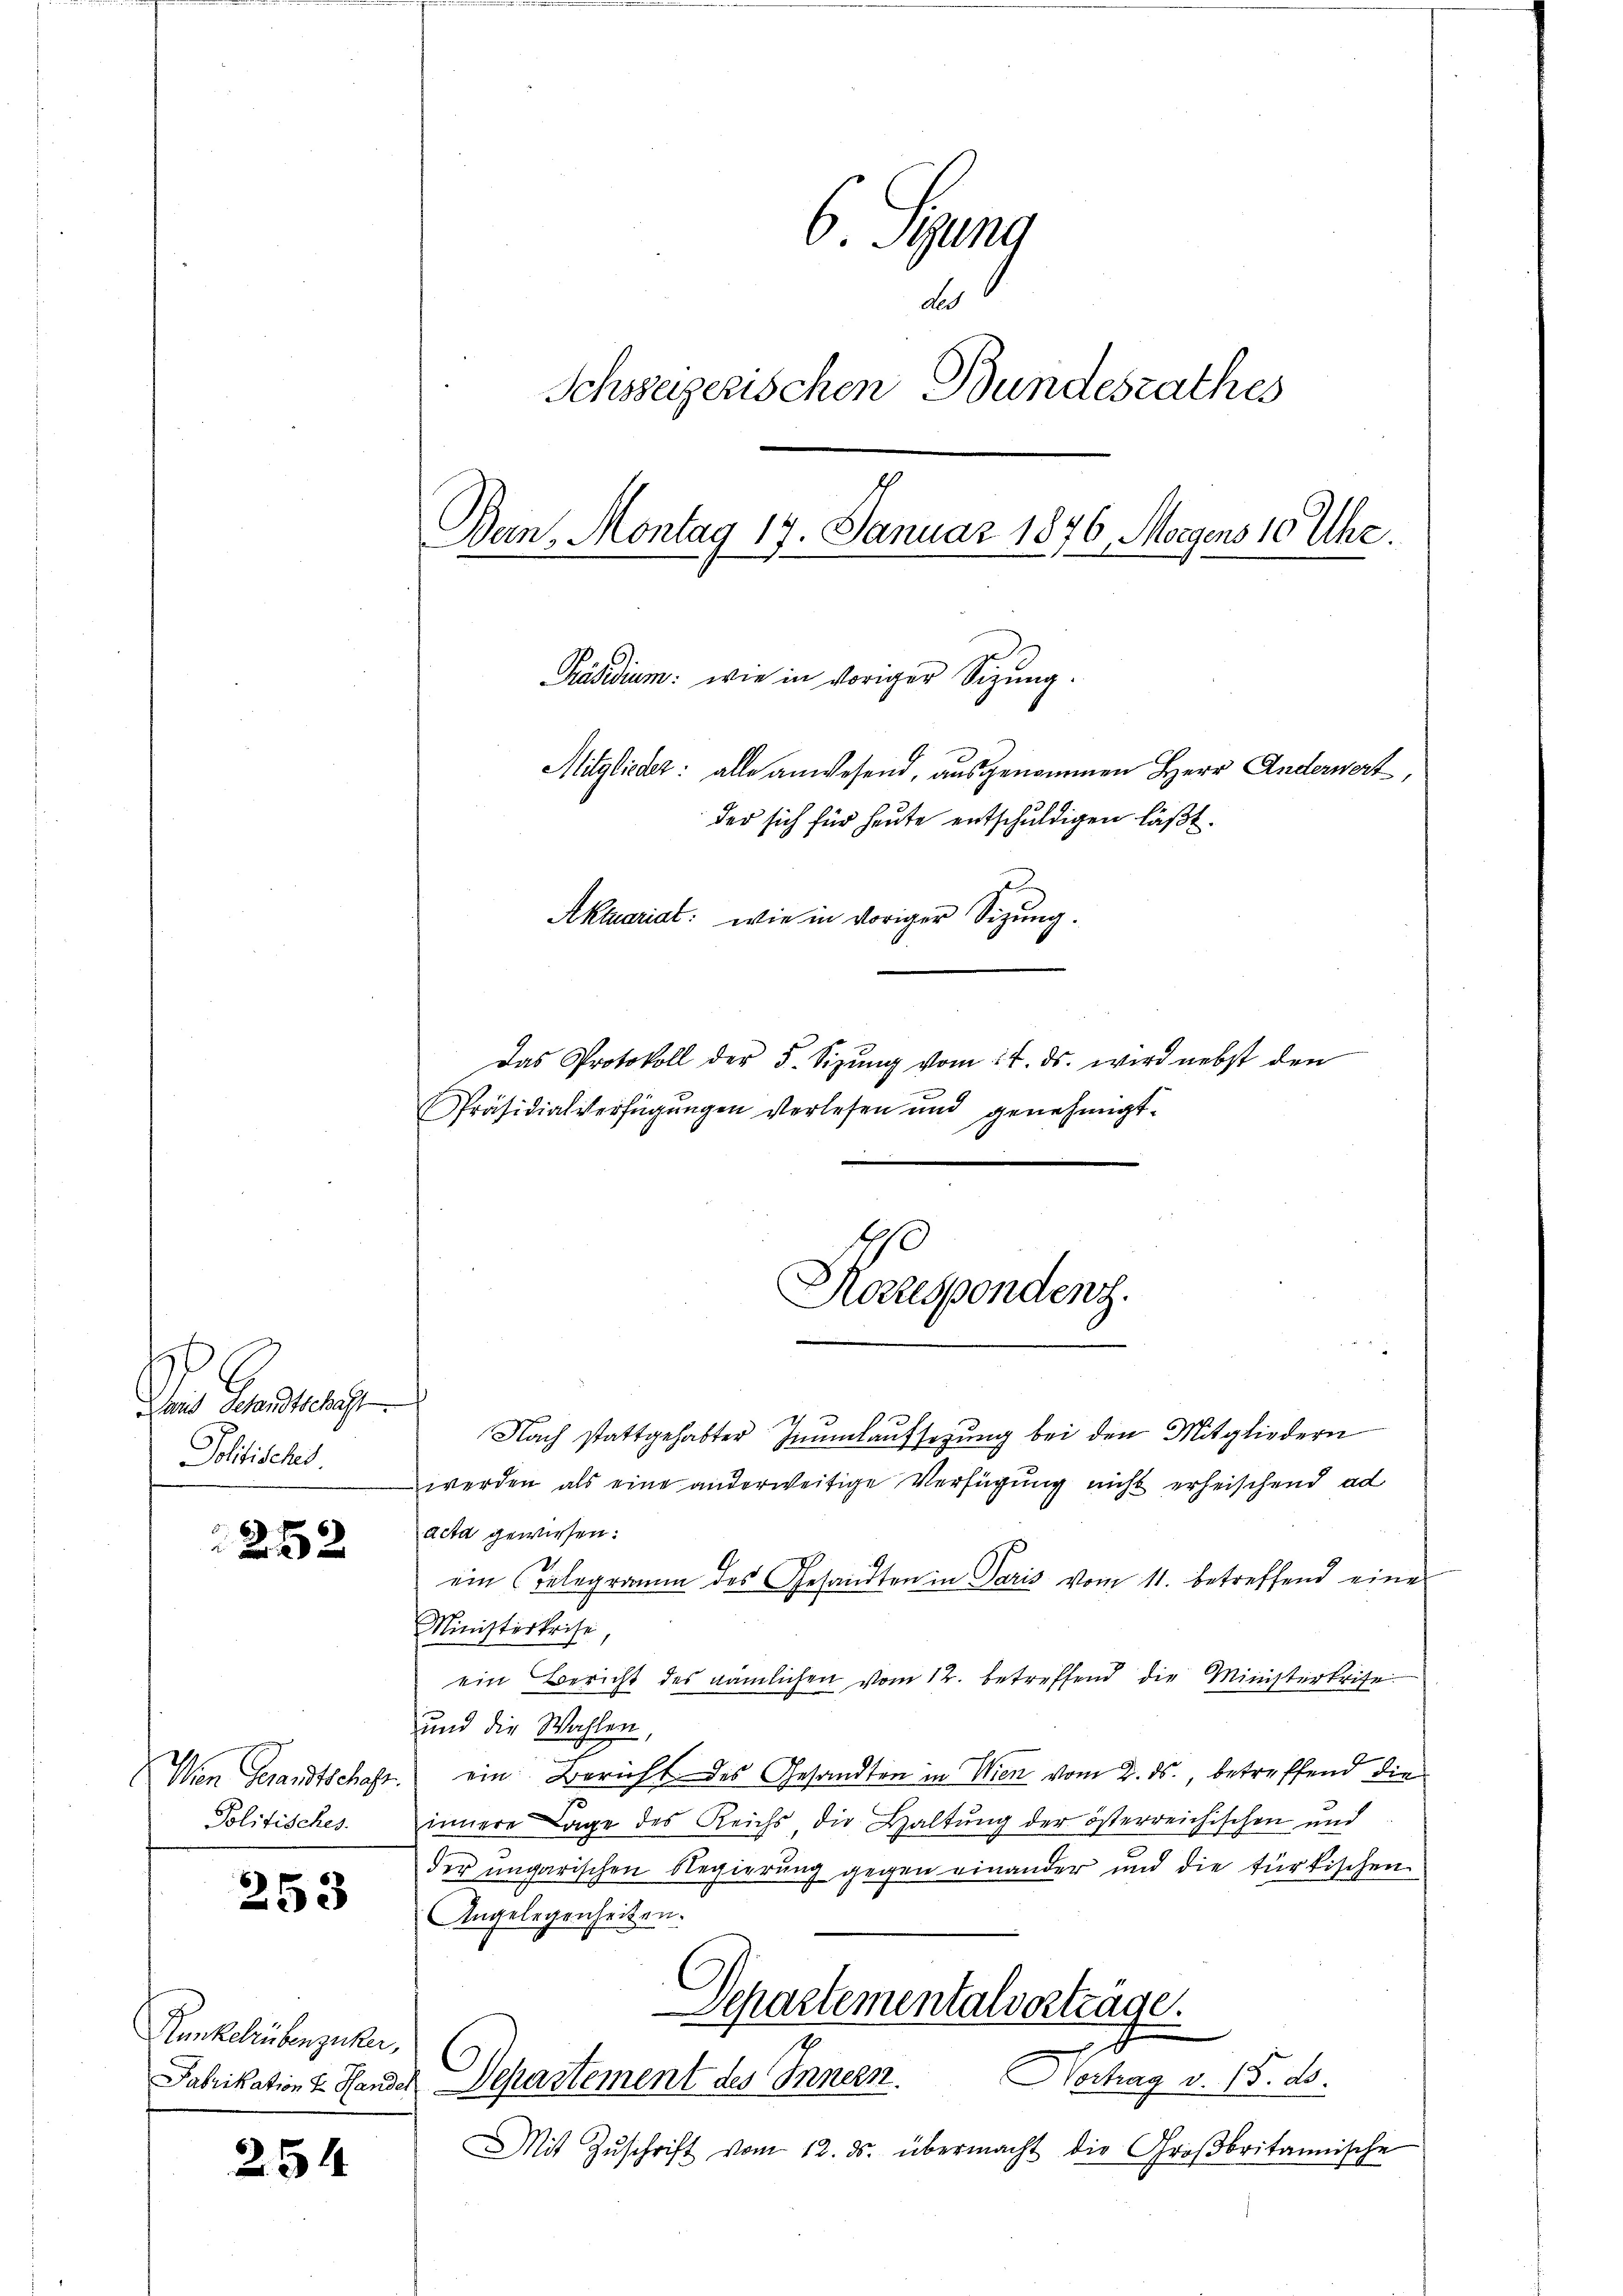
Beantrag
Politischet.

252

Politisches

253

Runkelrübenziker,

254

6. Speng
de
Ichweizerischen Bundesrathes
Bein. Montag 17. Januar 1876, Morgens 10 Uhr.
Präsidium: wie in voriger Sizung.
Mitglieder: alle anwesend, ausgenommen Herr Anderwert,
der sich für heute entschuldigen läßt.
Aktuariat: wie in voriger Sitzung.
Das Protokoll der 5. Sizŭng vom 14. ds. wird nebst den
Präsidialverfügungen verlesen und genehmigt.

Koszspondenz.

Nach stattgehabter Jnŭmlaufsetzung bei den Mitgliedern
werden als eine anderweitige Verfügung nicht erheischend ad
acta gewiesen.
ein Telegramm des Gesandten in Paris vom 11. betreffend eine
Ministeskrise,
ein Bericht des nämlichen vom 12. betreffend die Ministerkrise
und die Wahlen,
Wien Gesandtschaft ein Bericht des Gesandten in Wien vom 2. ds., betreffend die
innere Lage des Reichs die Haltung der österreichischen und
der ungarischen Regierung gegen einander und die türkischen
Angelegenheiten.
Separtementalvorträge.
2
Nechag v. 18. ds.
Jabrikation v. Hander Departement des Innern.
Mit Zŭschrift vom 12. ds. übermacht die Großbritannische